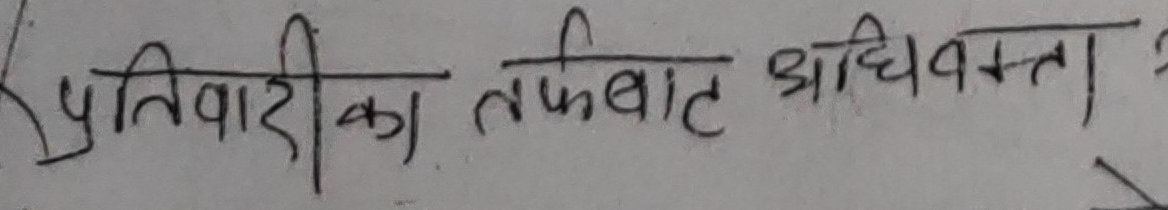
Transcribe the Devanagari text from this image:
प्रतिवादीका तर्फात अधिवक्ता ?